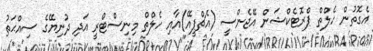
އެގޮތުން ހެލްތް ޕްރޮޓެކްޝަން އޭޖެންސީ (އެޗްޕީއޭ)އާއި ހެލްތް މިނިސްޓްރީ އަދި ދުނިޔޭގެ ސިއްޙަތު